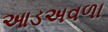
આડઅવળા